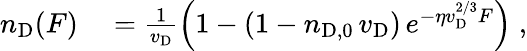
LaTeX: \begin{array}{rl}{n_{\mathrm{D}}(F)}&{{}=\frac{1}{v_{\mathrm{D}}}\left(1-(1-n_{\mathrm{D},0}\, v_{\mathrm{D}})\, e^{-\eta v_{\mathrm{D}}^{2/3}F}\right)\; ,}\end{array}